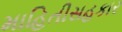
માહિતીસહકાર